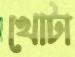
খোটা